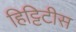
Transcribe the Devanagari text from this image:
हिट्टिटीस